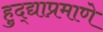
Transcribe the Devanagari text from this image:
हुद्द्याप्रमाणे